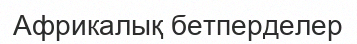
Африкалық бетперделер